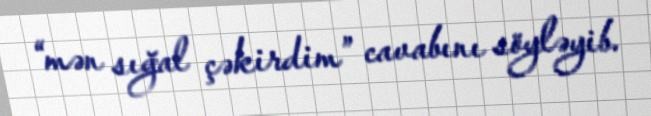
“mən sığal çəkirdim” cavabını söyləyib.